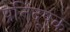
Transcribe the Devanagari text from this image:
प्रतिदूषक